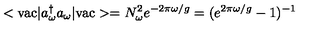
< \mathrm { v a c } | a _ { \omega } ^ { \dagger } a _ { \omega } | \mathrm { v a c } > = N _ { \omega } ^ { 2 } e ^ { - 2 \pi \omega / g } = ( e ^ { 2 \pi \omega / g } - 1 ) ^ { - 1 }